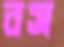
বস